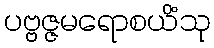
ပဗ္ဗဇ္ဇမရောစယိံသု